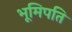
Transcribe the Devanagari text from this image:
भूमिपति